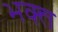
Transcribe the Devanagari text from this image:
भक्त्त